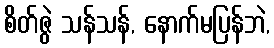
စိတ်ဇွဲ သန်သန်, နောက်မပြန်ဘဲ,